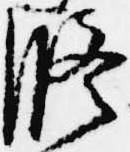
修